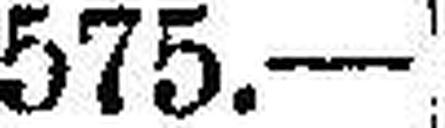
575.—